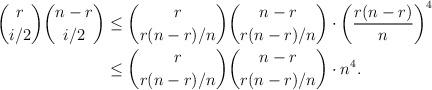
LaTeX: \begin{align*} \binom{r}{i/2} \binom{n-r}{i/2} &\leq \binom{r}{r(n-r)/n} \binom{n-r}{r(n-r)/n} \cdot \left( \frac{r(n-r)}{n}\right)^4\\&\leq \binom{r}{r(n-r)/n} \binom{n-r}{r(n-r)/n} \cdot n^4.\end{align*}